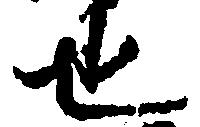
也